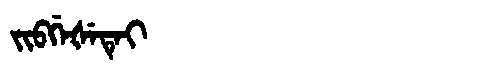
Manchu: ᠵᡳᠪᡤᡝᡧᡝᡨᡝᡳ
Romanization: JIBGEŠETEI